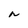
Character: n